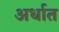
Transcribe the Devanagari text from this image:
अर्धात